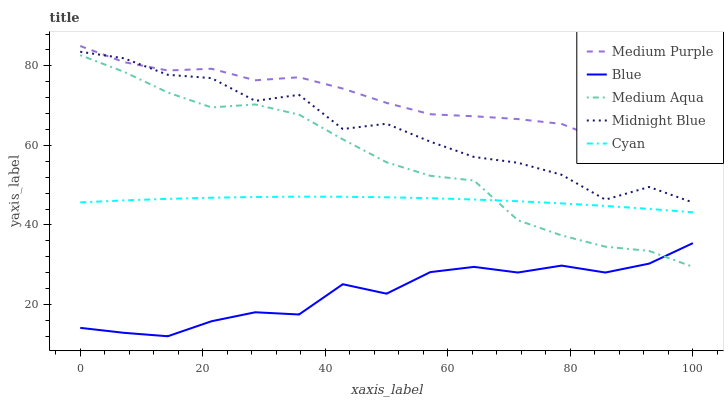
| xaxis_label | Medium Purple | Blue | Medium Aqua | Midnight Blue | Cyan |
 | --- | --- | --- | --- | --- | --- |
 | 0 | 85 | 14.1 | 82.7 | 83.6 | 45.7 |
 | 7.14 | 80.9 | 12.9 | 78.5 | 81.9 | 46.2 |
 | 14.3 | 78.8 | 12 | 73.3 | 77.8 | 46.6 |
 | 21.4 | 79.3 | 15.8 | 69.6 | 76.9 | 46.8 |
 | 28.6 | 76.4 | 18 | 70.3 | 71.2 | 47 |
 | 35.7 | 77.1 | 17.5 | 67.7 | 72.7 | 47.1 |
 | 42.9 | 74.3 | 25.1 | 61.5 | 64.1 | 47.1 |
 | 50 | 70.7 | 22.7 | 55.8 | 65.5 | 47 |
 | 57.1 | 67.8 | 28.1 | 52.4 | 60.9 | 46.7 |
 | 64.3 | 67.3 | 29.4 | 51.2 | 57.1 | 46.4 |
 | 71.4 | 66.6 | 28 | 41.2 | 55.6 | 46 |
 | 78.6 | 65.4 | 29.8 | 37.4 | 52.6 | 45.4 |
 | 85.7 | 61.1 | 28 | 34.5 | 46.4 | 44.8 |
 | 92.9 | 56.3 | 30.3 | 33.5 | 49.5 | 44 |
 | 100 | 57 | 35.4 | 29.5 | 45.7 | 43.2 |